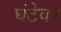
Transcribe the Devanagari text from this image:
घंटेवर